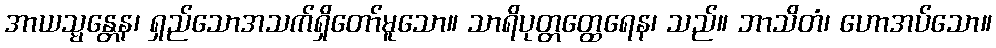
အာယသ္မန္တေန၊ ရှည်သောအသက်ရှိတော်မူသော။ သာရိပုတ္တတ္ထေရေန၊ သည်။ ဘာသိတံ၊ ဟောအပ်သော။